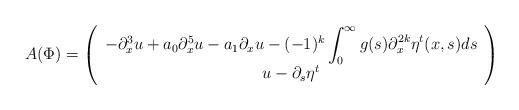
LaTeX: \begin{align*}A(\Phi)=\left(\begin{array}{c}-\partial_x^3 u+a_0\partial_x^5 u-a_1 \partial_x u-(-1)^k \displaystyle \int_0^\infty g(s)\partial_{x}^{2k}\eta^t(x,s)ds\\u-\partial_s\eta^t\end{array}\right)\end{align*}